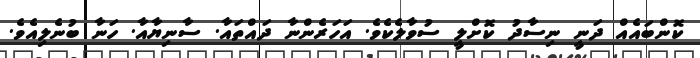
ކޮންބައެއް ދަނީ ނިސާދު ކޮށްލީ ސުވާލެކެވެ. އަހަރެންނާ ދައްތައާ. ސާނިޔާއާ. ހަނާ ބުނެލިއެވެ.